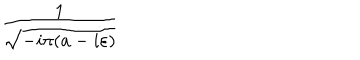
\frac { 1 } { \sqrt { - i \pi ( a - i \varepsilon ) } }